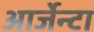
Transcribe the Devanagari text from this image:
आर्जेन्टा